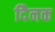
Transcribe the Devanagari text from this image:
दैिनक